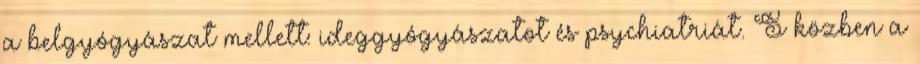
a belgyógyászat mellett: ideggyógyászatot és psychiatriát. S közben a